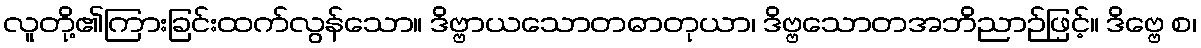
လူတို့၏ကြားခြင်းထက်လွန်သော။ ဒိဗ္ဗာယသောတဓာတုယာ၊ ဒိဗ္ဗသောတအဘိညာဉ်ဖြင့်။ ဒိဗ္ဗေ စ၊